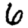
Digit: 6